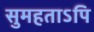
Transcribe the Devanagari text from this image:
सुमहताऽपि